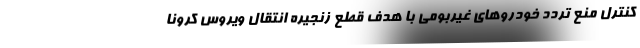
کنترل منع تردد خودروهای غیربومی با هدف قطع زنجیره انتقال ویروس کرونا